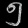
Digit: ၅